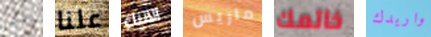
فاتني علنا الأنباء ماريس خاتمك واريدك